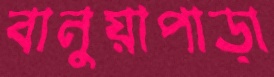
বানুয়াপাড়া